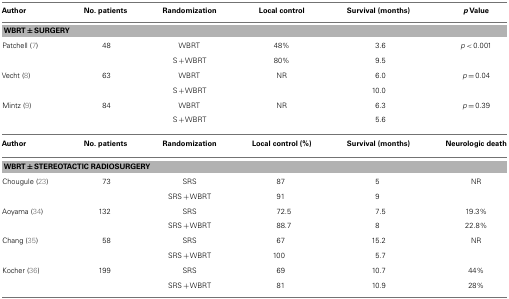
<table><thead><tr><td><b>Author</b></td><td><b>No. patients</b></td><td><b>Randomization</b></td><td><b>Local control</b></td><td><b>Survival (months)</b></td><td><b><i>p</i> Value</b></td></tr></thead><tbody><tr><td colspan="6"><b>WBRT ± SURGERY</b></td></tr><tr><td>Patchell (7)</td><td>48</td><td>WBRT</td><td>48%</td><td>3.6</td><td><i>p</i> &lt; 0.001</td></tr><tr><td></td><td></td><td>S + WBRT</td><td>80%</td><td>9.5</td><td></td></tr><tr><td>Vecht (8)</td><td>63</td><td>WBRT</td><td>NR</td><td>6.0</td><td><i>p</i> = 0.04</td></tr><tr><td></td><td></td><td>S + WBRT</td><td></td><td>10.0</td><td></td></tr><tr><td>Mintz (9)</td><td>84</td><td>WBRT</td><td>NR</td><td>6.3</td><td><i>p</i> = 0.39</td></tr><tr><td></td><td></td><td>S + WBRT</td><td></td><td>5.6</td><td></td></tr><tr><td><b>Author</b></td><td><b>No. patients</b></td><td><b>Randomization</b></td><td><b>Local control (%)</b></td><td><b>Survival (months)</b></td><td><b>Neurologic death</b></td></tr><tr><td colspan="6"><b>WBRT ± STEREOTACTIC RADIOSURGERY</b></td></tr><tr><td>Chougule (23)</td><td>73</td><td>SRS</td><td>87</td><td>5</td><td>NR</td></tr><tr><td></td><td></td><td>SRS + WBRT</td><td>91</td><td>9</td><td></td></tr><tr><td>Aoyama (34)</td><td>132</td><td>SRS</td><td>72.5</td><td>7.5</td><td>19.3%</td></tr><tr><td></td><td></td><td>SRS + WBRT</td><td>88.7</td><td>8</td><td>22.8%</td></tr><tr><td>Chang (35)</td><td>58</td><td>SRS</td><td>67</td><td>15.2</td><td>NR</td></tr><tr><td></td><td></td><td>SRS + WBRT</td><td>100</td><td>5.7</td><td></td></tr><tr><td>Kocher (36)</td><td>199</td><td>SRS</td><td>69</td><td>10.7</td><td>44%</td></tr><tr><td></td><td></td><td>SRS + WBRT</td><td>81</td><td>10.9</td><td>28%</td></tr></tbody></table>